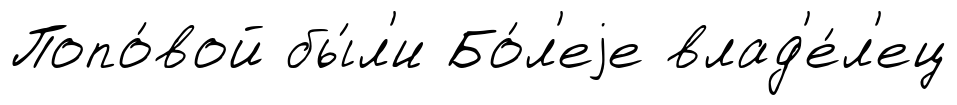
Попо́вой бы́л'и Бо́л'еjе влад'е́л'ец